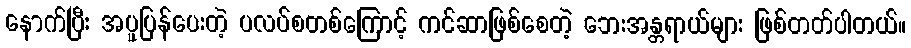
နောက်ပြီး အပူပြန်ပေးတဲ့ ပလပ်စတစ်ကြောင့် ကင်ဆာဖြစ်စေတဲ့ ဘေးအန္တရာယ်များ ဖြစ်တတ်ပါတယ်။